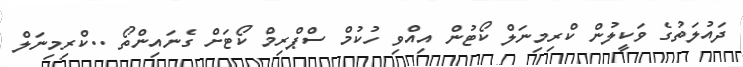
ދައުލަތުގެ ވަކީލުން ކްރިމިނަލް ކޯޓުން އިއްވި ހުކުމް ސްޕްރިމް ކޯޓަށް ގެނައިންތޯ ..ކްރިމިނަލް